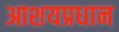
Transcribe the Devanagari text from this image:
आशयप्रधान